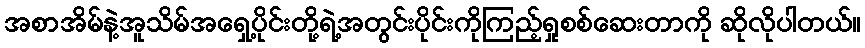
အစာအိမ်နဲ့အူသိမ်အရှေ့ပိုင်းတို့ရဲ့အတွင်းပိုင်းကိုကြည့်ရှုစစ်ဆေးတာကို ဆိုလိုပါတယ်။